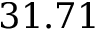
3 1 . 7 1